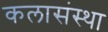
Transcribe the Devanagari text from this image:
कलासंस्था